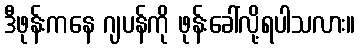
ဒီဖုန်းကနေ ဂျပန်ကို ဖုန်းခေါ်လို့ရပါသလား။